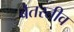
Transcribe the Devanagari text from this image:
बेतरतीव